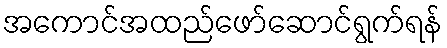
အကောင်အထည်ဖော်ဆောင်ရွက်ရန်